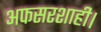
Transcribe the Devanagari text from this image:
अफसरशाही।